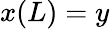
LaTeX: x(L)=y